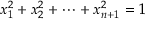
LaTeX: x _ { 1 } ^ { 2 } + x _ { 2 } ^ { 2 } + \cdots + x _ { n + 1 } ^ { 2 } = 1